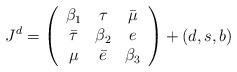
LaTeX: \begin{align*} J^d=\left( \begin{array}{ccc} \beta_1 & \tau & \bar\mu\\ \bar\tau & \beta_2 & e\\ \mu & \bar e & \beta_3 \end{array} \right) + (d,s,b) \end{align*}